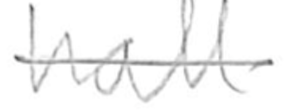
Text: hall
Cross-out: single-line
Writing tool: pencil